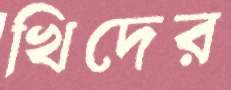
খিদের